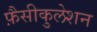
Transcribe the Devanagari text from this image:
फ़ैसीकुलेशन